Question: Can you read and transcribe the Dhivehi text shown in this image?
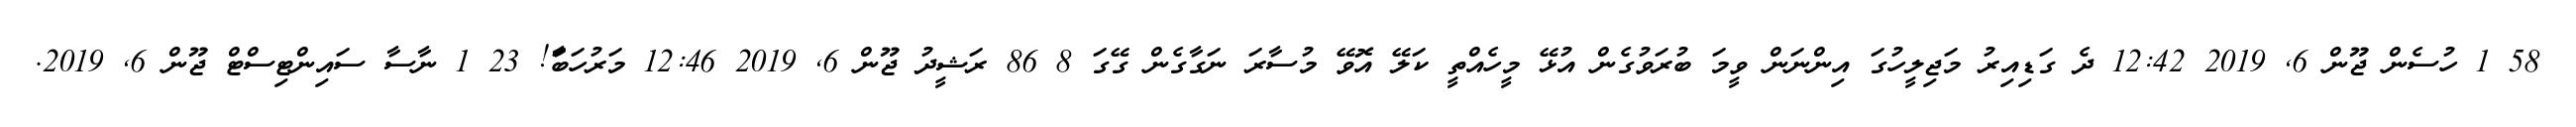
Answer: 58 1 ހުސެން ޖޫން 6, 2019 12:42 ދެ ގަޑިއިރު މަޖިލީހުގަ އިންނަން ވީމަ ބުރަވުގެން އުޅޭ މީހެއްތީ ކަލޭ އޮވޭ މުސާރަ ނަގާގެން ގޭގަ 8 86 ރަޝީދު ޖޫން 6, 2019 12:46 މަރުހަބާަ! 23 1 ނާސާ ސައިންޓިސްޓް ޖޫން 6, 2019.